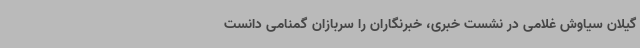
گیلان سیاوش غلامی در نشست خبری، خبرنگاران را سربازان گمنامی دانست